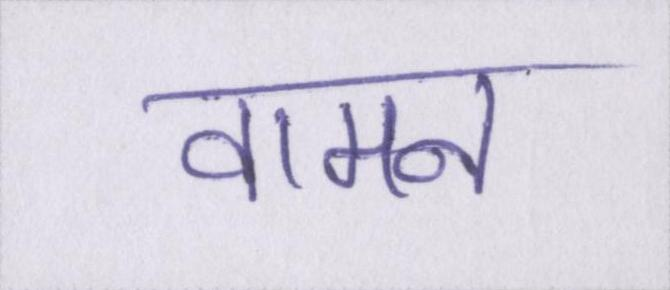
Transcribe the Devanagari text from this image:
वामन